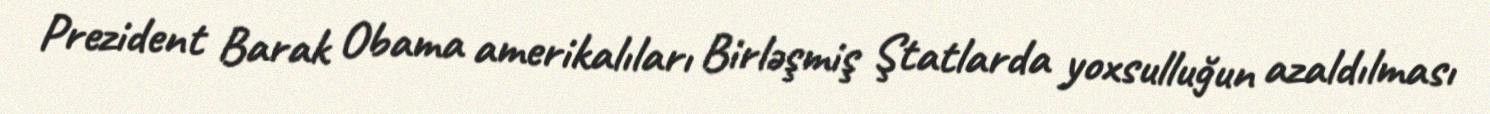
Prezident Barak Obama amerikalıları Birləşmiş Ştatlarda yoxsulluğun azaldılması